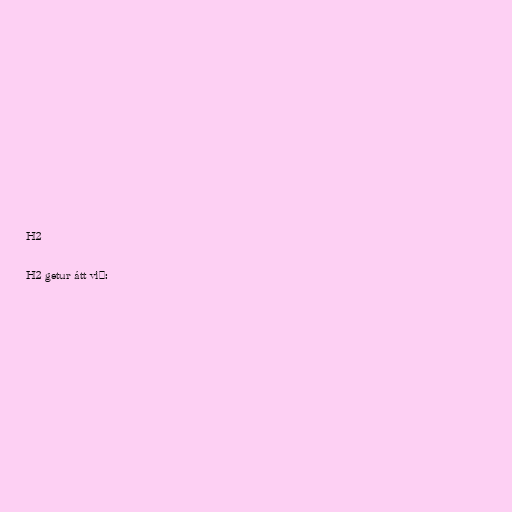
H2

H2 getur átt við: